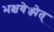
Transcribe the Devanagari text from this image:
भक्षयेज्ज्पेत्